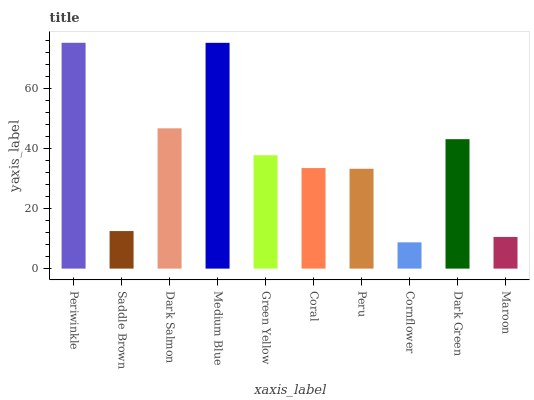
| xaxis_label | bars |
 | --- | --- |
 | Periwinkle | 75.1 |
 | Saddle Brown | 12.5 |
 | Dark Salmon | 46.7 |
 | Medium Blue | 75.1 |
 | Green Yellow | 37.7 |
 | Coral | 33.5 |
 | Peru | 33.2 |
 | Cornflower | 8.74 |
 | Dark Green | 43.1 |
 | Maroon | 10.5 |